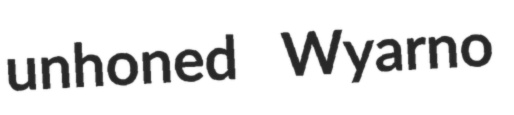
unhoned Wyarno